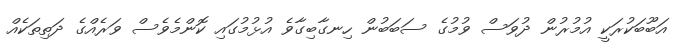
އަބޫބަކުރަކީ އުމުރުން ދުވަސް ވުމުގެ ސަބަބުން ހިނގާބިގާވެ އުޅުމުގައި ކޮންމެވެސް ވަރެއްގެ ދަތިތަކެއް